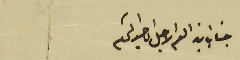
جناب ابن العم الاجل الماجد المحترم